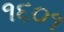
૧૬૦૧